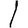
Digit: 1